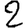
Digit: 2